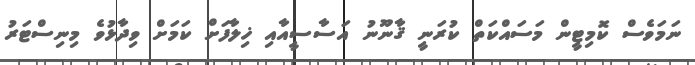
ނަމަވެސް ކޮމިޓީން މަސައްކަތް ކުރަނީ ޤާނޫނު އަސާސީއާއި ޚިލާފަށް ކަމަށް ވިދާޅުވެ މިނިސްޓަރު